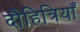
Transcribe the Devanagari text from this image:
दौहित्रियाँ